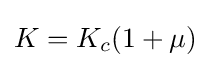
K=K_{c}(1+\mu )